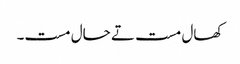
کھال مست تے حال مست۔